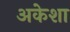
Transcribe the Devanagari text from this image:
अकेशा